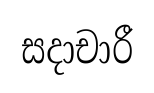
සදාචාරී